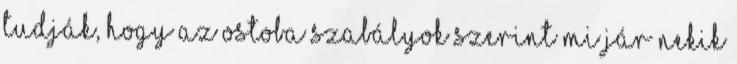
tudják, hogy az ostoba szabályok szerint mi jár nekik